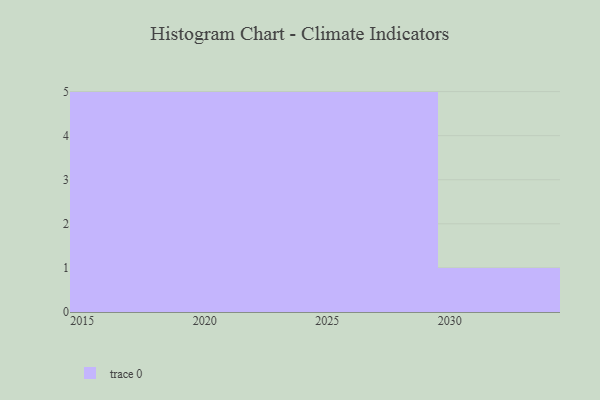
{"axis": {"x": "Year", "y": "Website Visitors"}, "legend": [""], "data": [{"x": "2026", "y": 13, "type": ""}, {"x": "2023", "y": 6, "type": ""}, {"x": "2022", "y": 68, "type": ""}, {"x": "2024", "y": 44, "type": ""}, {"x": "2015", "y": 76, "type": ""}, {"x": "2019", "y": 81, "type": ""}, {"x": "2025", "y": 89, "type": ""}, {"x": "2017", "y": 25, "type": ""}, {"x": "2021", "y": 8, "type": ""}, {"x": "2020", "y": 84, "type": ""}, {"x": "2018", "y": 86, "type": ""}, {"x": "2016", "y": 75, "type": ""}, {"x": "2029", "y": 98, "type": ""}, {"x": "2027", "y": 99, "type": ""}, {"x": "2030", "y": 24, "type": ""}, {"x": "2028", "y": 56, "type": ""}]}